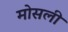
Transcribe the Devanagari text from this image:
मोसली